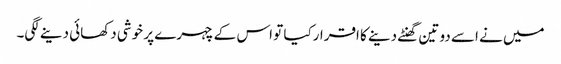
میں نے اسے دو تین گھنٹے دینے کا اقرارکیا تو اس کے چہرے پر خوشی دکھائی دینے لگی۔